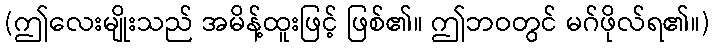
(ဤလေးမျိုးသည် အမိန့်ထူးဖြင့် ဖြစ်၏။ ဤဘဝတွင် မဂ်ဖိုလ်ရ၏။)